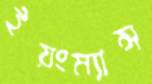
ইয়ংম্যান্স